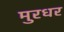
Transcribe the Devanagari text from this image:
मुरधर